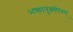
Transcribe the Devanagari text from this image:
भक्तानुकंपिनम्